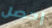
إحصل